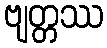
ဗျတ္တဿ